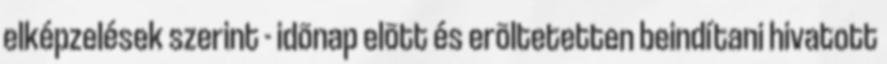
elképzelések szerint - idõnap elõtt és erõltetetten beindítani hivatott